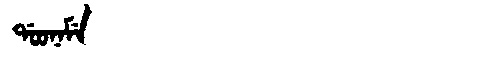
Manchu: ᡩᠣᠣᠨᠠᠮᡝ
Romanization: DOONAME